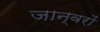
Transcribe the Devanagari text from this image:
जान्वरों